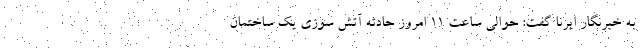
به خبرنگار ایرنا گفت: حوالی ساعت ۱۱ امروز حادثه آتش سوزی یک ساختمان